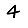
Digit: 4